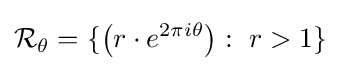
{\mathcal {R}}_{\theta }=\{\left(r\cdot e^{2\pi i\theta }\right):\ r>1\}